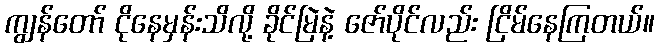
ကျွန်တော် ငိုနေမှန်းသိလို့ ခိုင်မြဲနဲ့ ဇော်ပိုင်လည်း ငြိမ်နေကြတယ်။